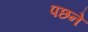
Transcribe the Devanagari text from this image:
पछने